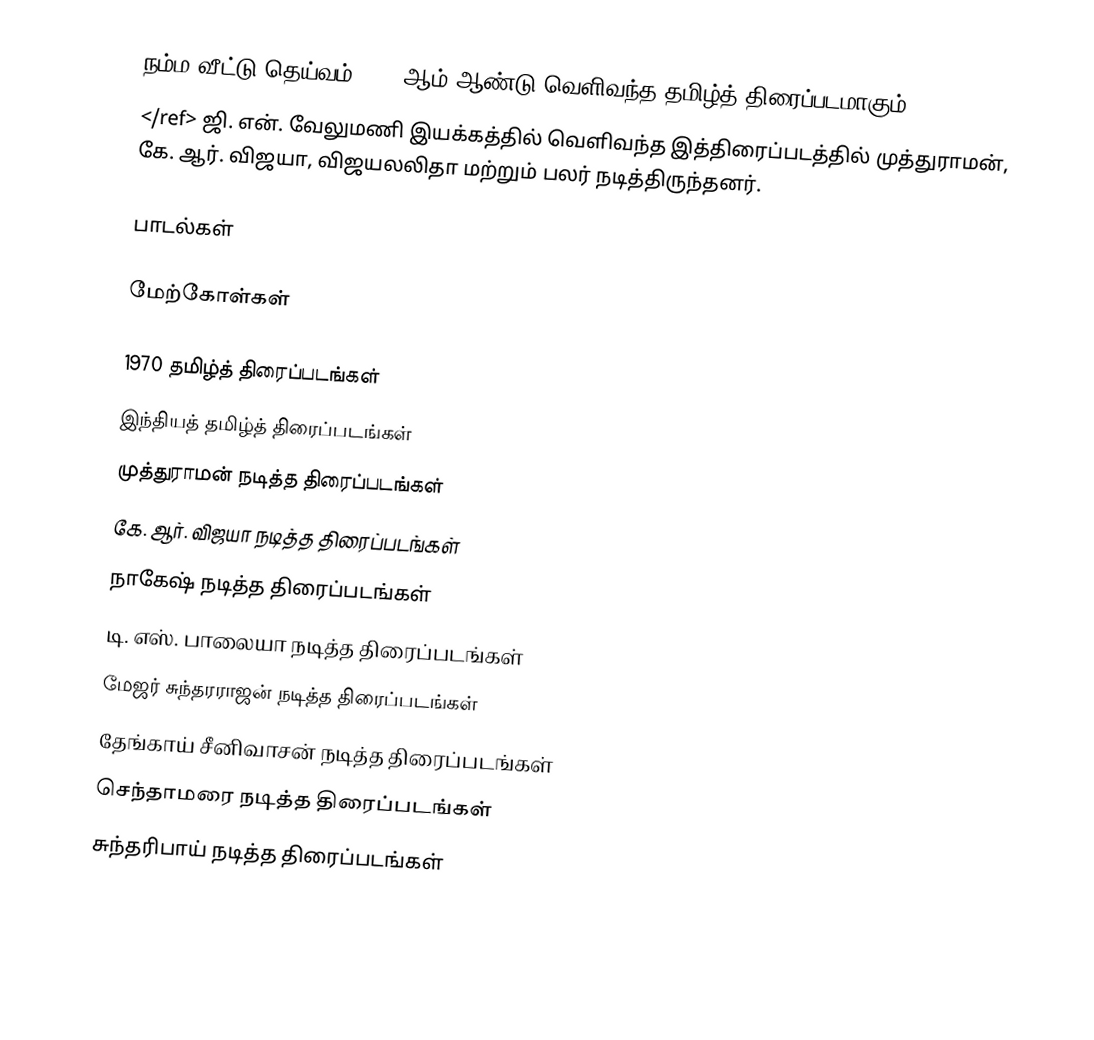
நம்ம வீட்டு தெய்வம் 1970 ஆம் ஆண்டு வெளிவந்த தமிழ்த் திரைப்படமாகும்.ref>
</ref> ஜி. என். வேலுமணி இயக்கத்தில் வெளிவந்த இத்திரைப்படத்தில் முத்துராமன், கே. ஆர். விஜயா, விஜயலலிதா மற்றும் பலர் நடித்திருந்தனர்.

பாடல்கள்

மேற்கோள்கள்

1970 தமிழ்த் திரைப்படங்கள்
இந்தியத் தமிழ்த் திரைப்படங்கள்
முத்துராமன் நடித்த திரைப்படங்கள்
கே. ஆர். விஜயா நடித்த திரைப்படங்கள்
நாகேஷ் நடித்த திரைப்படங்கள்
டி. எஸ். பாலையா நடித்த திரைப்படங்கள்
மேஜர் சுந்தரராஜன் நடித்த திரைப்படங்கள்
தேங்காய் சீனிவாசன் நடித்த திரைப்படங்கள்
செந்தாமரை நடித்த திரைப்படங்கள்
சுந்தரிபாய் நடித்த திரைப்படங்கள்